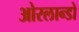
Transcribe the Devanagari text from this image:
ओरलान्डो